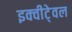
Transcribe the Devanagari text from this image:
इक्वीटे्वल